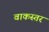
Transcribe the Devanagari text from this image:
वाकस्तर